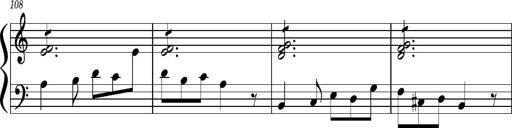
Title: Concerto sans orchestre, S.524a
Composer: Franz Liszt
Key: A major